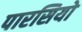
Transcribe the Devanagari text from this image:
पारसियो